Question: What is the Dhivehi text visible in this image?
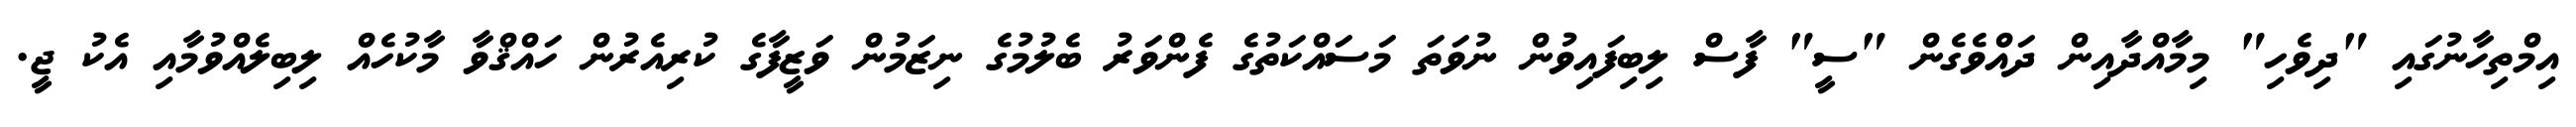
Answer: އިމްތިހާނުގައި "ދިވެހި" މިމާއްދާއިން ދައްވެގެން "ސީ" ފާސް ލިބިފައިވުން ނުވަތަ މަސައްކަތުގެ ފެންވަރު ބެލުމުގެ ނިޒަމުން ވަޒީފާގެ ކުރިއެރުން ހައްޤްވާ މާކުހެއް ލިބިލެއްވުމާއި އެކު ޖީ.